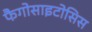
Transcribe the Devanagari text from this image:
फैगोसाइटोसिस